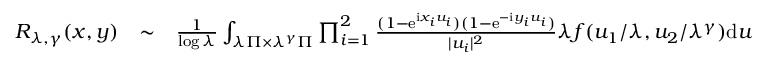
\begin{array} { r l r } { R _ { \lambda , \gamma } ( \boldsymbol { x } , \boldsymbol { y } ) } & { \sim } & { \frac { 1 } { \log \lambda } \int _ { \lambda \Pi \times \lambda ^ { \gamma } \Pi } \prod _ { i = 1 } ^ { 2 } \frac { ( 1 - \mathrm e ^ { \mathrm i x _ { i } u _ { i } } ) ( 1 - \mathrm e ^ { - \mathrm i y _ { i } u _ { i } } ) } { | u _ { i } | ^ { 2 } } \lambda f ( u _ { 1 } / \lambda , u _ { 2 } / \lambda ^ { \gamma } ) \mathrm d \boldsymbol { u } } \end{array}